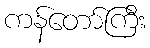
ကန်တော်ကြီး